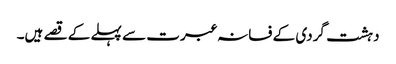
دہشت گردی کے فسانہ عبرت سے پہلے کے قصے ہیں۔